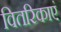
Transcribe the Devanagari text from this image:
वितरिकाएं